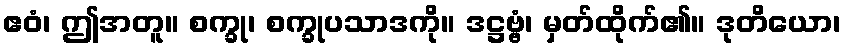
ဧဝံ၊ ဤအတူ။ စက္ခု၊ စက္ခုပသာဒကို။ ဒဋ္ဌဗ္ဗံ၊ မှတ်ထိုက်၏။ ဒုတိယော၊